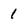
Character: 1